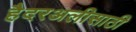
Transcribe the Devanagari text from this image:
हैदरअलीसाठी